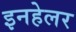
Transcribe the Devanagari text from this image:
इनहेलर